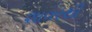
શાવરથી